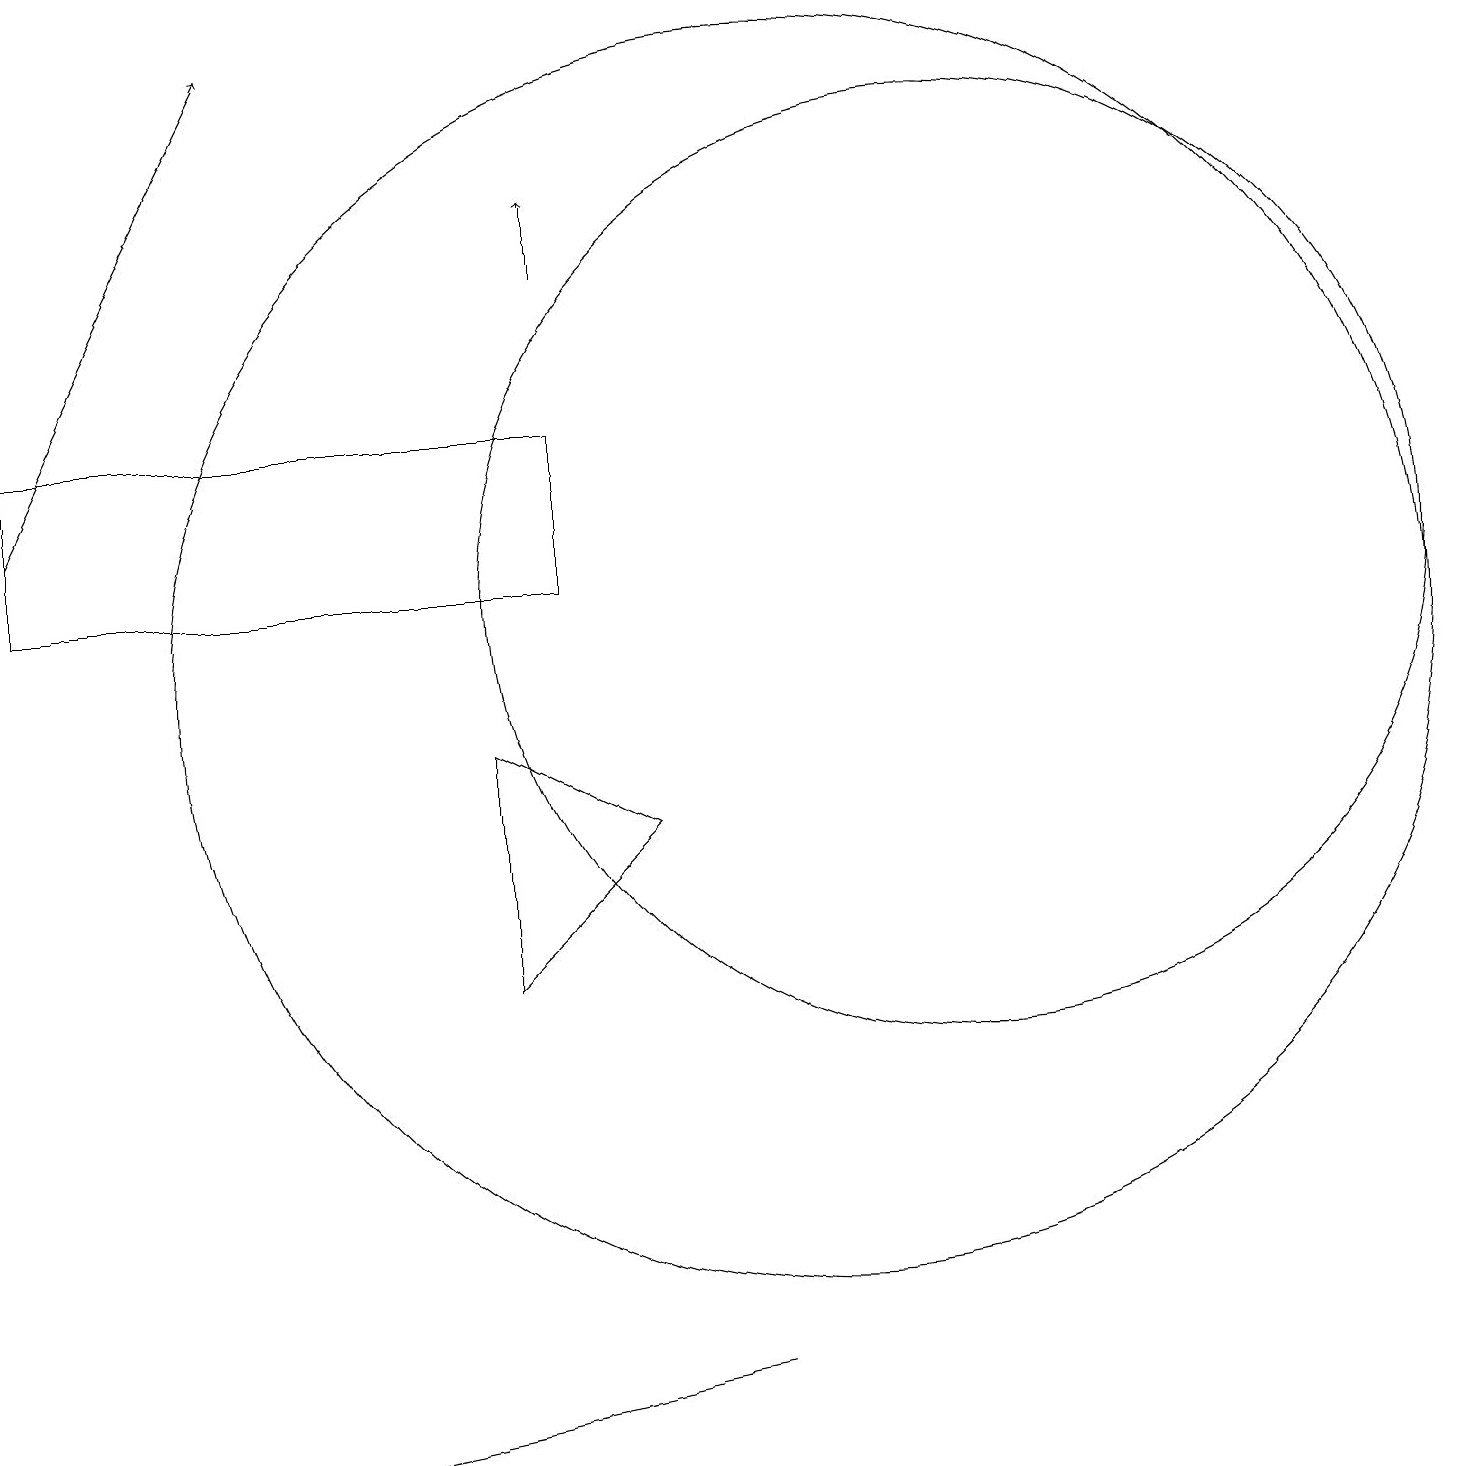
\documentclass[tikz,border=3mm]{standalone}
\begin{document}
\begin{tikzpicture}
\draw (0,13) rectangle (7,11);
\draw (12,11) circle (6);
\draw (8,8) -- (6,9) -- (6,6) -- cycle;
\draw (10,10) circle (8);
\draw[->] (7,15) -- (7,16);
\draw (4,0) -- (9,1) -- (9,1) -- cycle;
\draw[->] (0,12) -- (3,18);
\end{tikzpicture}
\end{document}